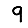
Digit: 9